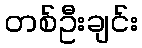
တစ်ဦးချင်း